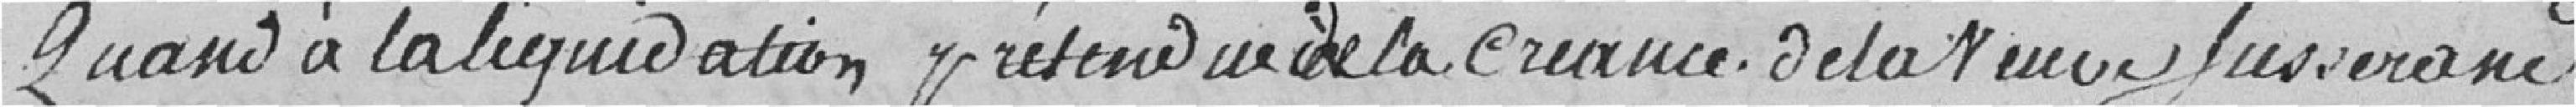
Quand à la liquidation prétendu de la créance de la veuve Jusserand